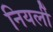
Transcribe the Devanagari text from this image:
नियर्ली